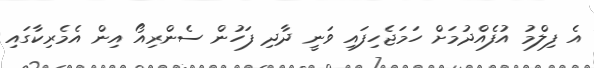
އެ ފިލްމު އުފެއްދުމަށް ހަމަޖެހިފައި ވަނީ ދާދި ފަހުން ސެންރިއޯ އިން އެމެރިކާގައި